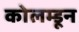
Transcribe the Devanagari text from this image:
कोलम्डून